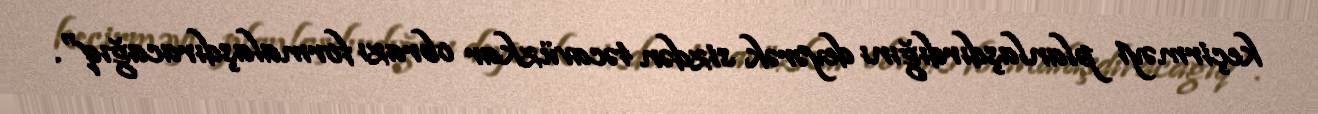
keçirməyi planlaşdırdığını deyərək sizdən təcavüzkar obrazı formalaşdıracağıq".